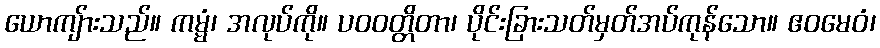
ယောကျ်ားသည်။ ကမ္မံ၊ အလုပ်ကို။ ပဝဝတ္တိတာ၊ ပိုင်းခြားသတ်မှတ်အပ်ကုန်သော။ ဧဝမေဝံ၊